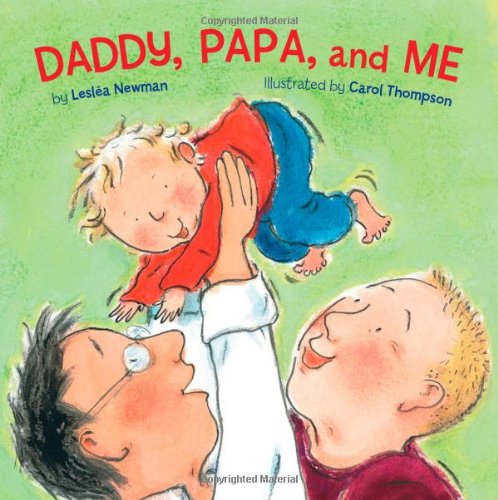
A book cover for Daddy, Papa, and Me; LeslÃ©a Newman; Gay & Lesbian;